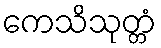
ကေသိသုတ္တံ